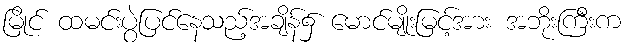
မြိုင် ထမင်းပွဲပြင်နေသည့်အချိန်၌ မောင်မျိုးမြင့်အား အဘိုးကြီးက